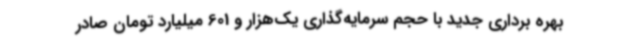
بهره برداری جدید با حجم سرمایه‌گذاری یک‌هزار و 601 میلیارد تومان صادر